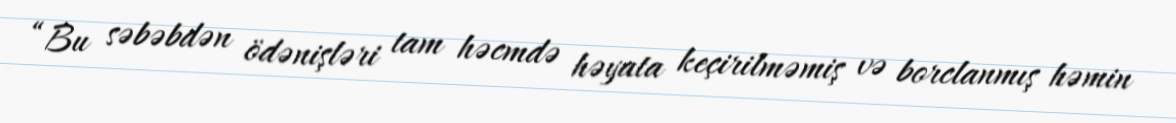
“Bu səbəbdən ödənişləri tam həcmdə həyata keçirilməmiş və borclanmış həmin